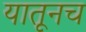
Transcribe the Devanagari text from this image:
यातूनच